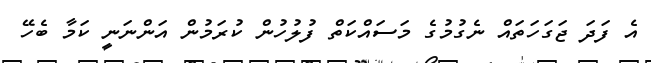
އެ ފަދަ ޖަގަހަތައް ނެގުމުގެ މަސައްކަތް ފުލުހުން ކުރަމުން އަންނަނީ ކަމާ ބެހޭ